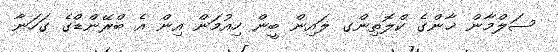
ސަލްމާން ޚާންގެ ކްލޮތިންގ ލައިން ބީން ހިއުމަން އިން އެ ބްރޭންޑްގެ ގަހަނާ